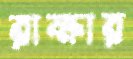
রাক্ষার